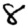
Digit: 8